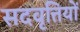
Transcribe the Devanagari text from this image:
सदवृत्तियों